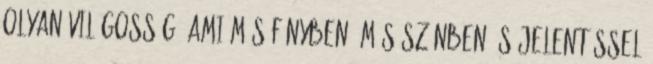
olyan világosság, ami más fényben, más színben és jelentéssel